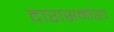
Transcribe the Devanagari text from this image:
दारासमोरच